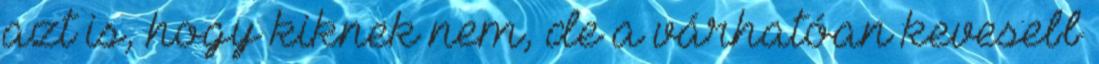
azt is, hogy kiknek nem, de a várhatóan kevesebb